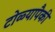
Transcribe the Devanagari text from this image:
टोळ्यापैकी